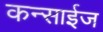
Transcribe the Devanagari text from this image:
कन्साईज